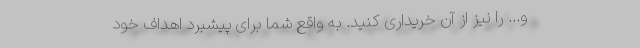
و... را نیز از آن خریداری کنید. به واقع شما برای پیشبرد اهداف خود